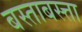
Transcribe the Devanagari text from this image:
बस्ताबस्त्ता